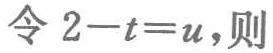
令 \(2 - t = u\)，则